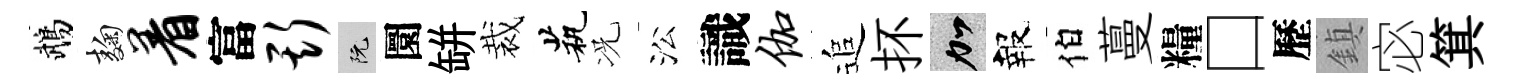
鵡麹着富斯阮圜缾裁茕况㳂識伽追抔加報伯蔓糧口歷鎮宓箕